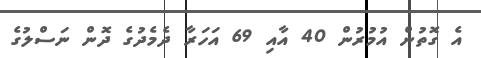
އެ ގޮތުން އުމުރުން 40 އާއި 69 އަހަރާ ދެމެދުގެ ދޮން ނަސްލުގެ